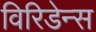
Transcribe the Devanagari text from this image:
विरिडेन्स